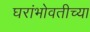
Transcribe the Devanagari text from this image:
घरांभोवतीच्या